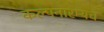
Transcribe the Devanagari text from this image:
कल्पनारम्यच